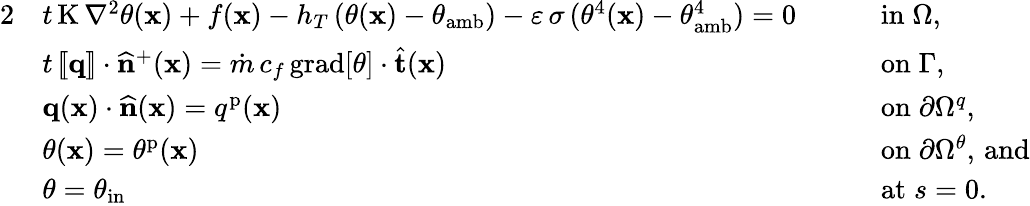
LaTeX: \begin{array}{rlrl}{{2}}&{t\, \mathrm{K}\, \nabla^{2}\theta(\mathbf{x})+f(\mathbf{x})-h_{T}\, (\theta(\mathbf{x})-\theta_{\mathrm{amb}})-\varepsilon\, \sigma\, (\theta^{4}(\mathbf{x})-\theta_{\mathrm{amb}}^{4})=0}&&{\quad\mathrm{in}\; \Omega,}\\ &{t\, [\! [\mathbf{q}]\! ]\cdot\widehat{\mathbf{n}}^{+}(\mathbf{x})=\dot{m}\, c_{f}\, \mathrm{grad}[\theta]\cdot\widehat{\mathbf{t}}(\mathbf{x})}&&{\quad\mathrm{on}\; \Gamma,}\\ &{\mathbf{q}(\mathbf{x})\cdot\widehat{\mathbf{n}}(\mathbf{x})=q^{\mathrm{p}}(\mathbf{x})}&&{\quad\mathrm{on}\; \partial\Omega^{q},}\\ &{\theta(\mathbf{x})=\theta^{\mathrm{p}}(\mathbf{x})}&&{\quad\mathrm{on}\; \partial\Omega^{\theta},\, \mathrm{and}}\\ &{\theta=\theta_{\mathrm{in}}}&&{\quad\mathrm{at}\; s=0.}\end{array}